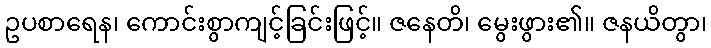
ဥပစာရေန၊ ကောင်းစွာကျင့်ခြင်းဖြင့်။ ဇနေတိ၊ မွေးဖွား၏။ ဇနယိတွာ၊